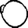
Digit: 0